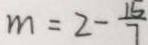
m = 2 - \frac { 1 5 } { 7 }